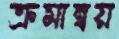
ক্রমান্বয়